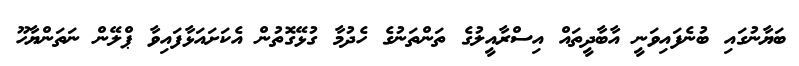
ބަޔާނުގައި ބުނެފައިވަނީ އާބާދީތައް އިސްރާއީލުގެ ތަންތަނުގެ ހެދުމާ ގުޅޭގޮތުން އެކަށައަޅާފައިވާ ޕްލޭން ނަތަންޔާހޫ